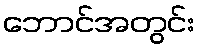
ဘောင်အတွင်း